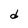
Character: d